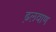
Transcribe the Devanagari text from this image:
ढ़लवाण